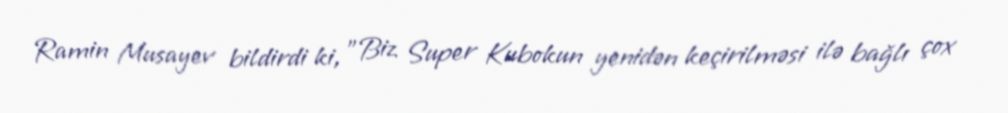
Ramin Musayev bildirdi ki, "Biz Super Kubokun yenidən keçirilməsi ilə bağlı çox